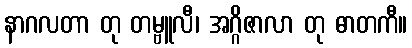
နာဂလတာ တု တမ္ဗူလီ၊ အဂ္ဂိဇာလာ တု ဓာတကီ။